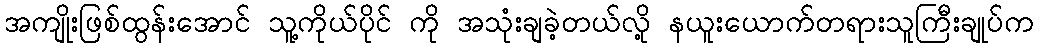
အကျိုးဖြစ်ထွန်းအောင် သူ့ကိုယ်ပိုင် ကို အသုံးချခဲ့တယ်လို့ နယူးယောက်တရားသူကြီးချုပ်က